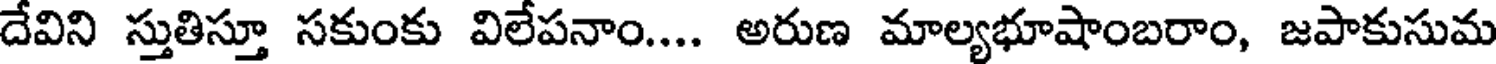
దేవిని స్తుతిస్తూ సకుంకు విలేపనాం.... అరుణ మాల్యభూషాంబరాం, జపాకుసుమ